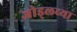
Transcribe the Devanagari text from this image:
जोड्लच्या